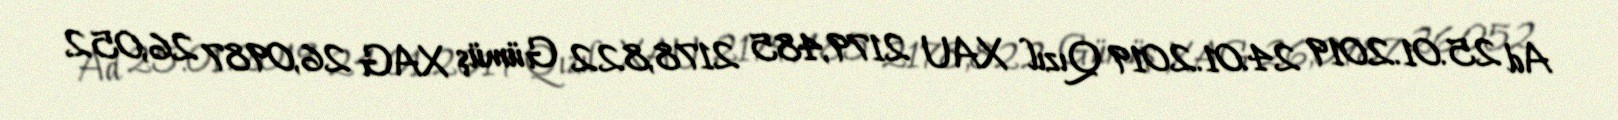
Ad 25.01.2019 24.01.2019 Qızıl XAU 2179,485 2178,822 Gümüş XAG 26,0987 26,052